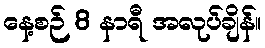
နေ့စဉ် 8 နာရီ အလုပ်ချိန်။